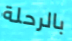
بالرحلة